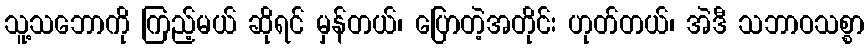
သူ့သဘောကို ကြည့်မယ် ဆိုရင် မှန်တယ်၊ ပြောတဲ့အတိုင်း ဟုတ်တယ်၊ အဲဒီ သဘာဝသစ္စာ